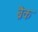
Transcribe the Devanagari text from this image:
ब्रैक